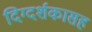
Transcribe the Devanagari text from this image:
दिग्दर्शकासह